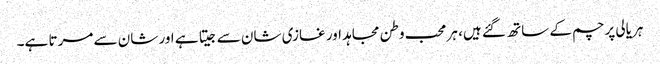
ہریالی پرچم کے ساتھ گئے ہیں، ہر محب وطن مجاہد اور غازی شان سے جیتا ہے اور شان سے مرتا ہے۔